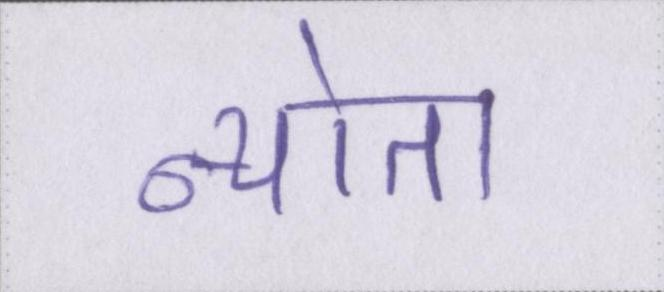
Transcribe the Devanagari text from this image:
न्योता